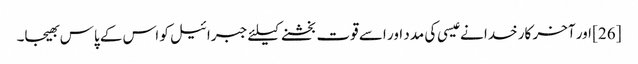
[26] اور آخر کار خدا نے عیسی کی مدد اور اسے قوت بخشنے کیلئے جبرائیل کو اس کے پاس بھیجا۔